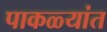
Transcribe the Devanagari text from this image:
पाकळ्यांत